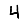
Digit: 4